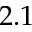
2 . 1